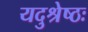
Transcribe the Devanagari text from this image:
यदुश्रेष्ठः